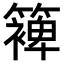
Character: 𮆰